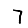
Digit: 7